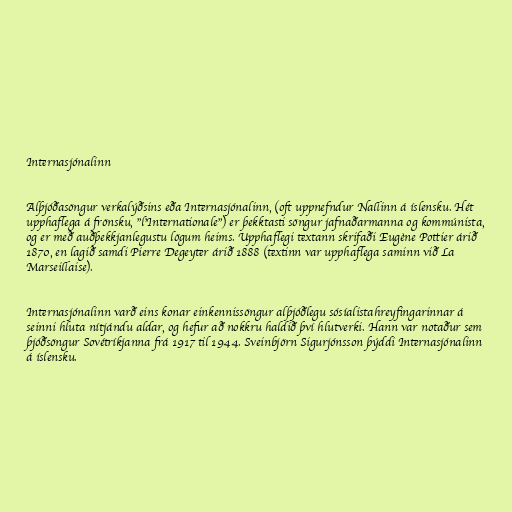
Internasjónalinn

Alþjóðasöngur verkalýðsins eða Internasjónalinn, (oft uppnefndur Nallinn á íslensku. Hét
upphaflega á frönsku, "l'Internationale") er þekktasti söngur jafnaðarmanna og kommúnista,
og er með auðþekkjanlegustu lögum heims. Upphaflegi textann skrifaði Eugène Pottier árið
1870, en lagið samdi Pierre Degeyter árið 1888 (textinn var upphaflega saminn við La
Marseillaise).

Internasjónalinn varð eins konar einkennissöngur alþjóðlegu sósíalistahreyfingarinnar á
seinni hluta nítjándu aldar, og hefur að nokkru haldið því hlutverki. Hann var notaður sem
þjóðsöngur Sovétríkjanna frá 1917 til 1944. Sveinbjörn Sigurjónsson þýddi Internasjónalinn
á íslensku.